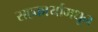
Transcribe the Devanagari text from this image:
सहकार्यामधून